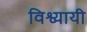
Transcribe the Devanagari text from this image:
विश्व्यायी